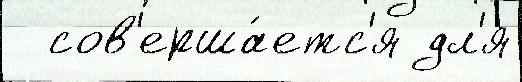
  сов'ерша́етс'я дл'я